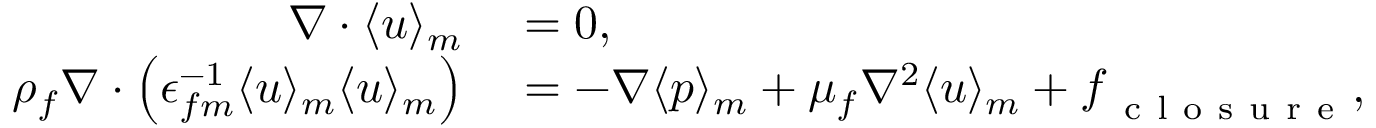
\begin{array} { r l } { \nabla \cdot \langle \boldsymbol { u } \rangle _ { m } } & { { } = 0 , } \\ { \rho _ { f } \nabla \cdot \left( \epsilon _ { f m } ^ { - 1 } \langle \boldsymbol { u } \rangle _ { m } \langle \boldsymbol { u } \rangle _ { m } \right) } & { { } = - \nabla \langle p \rangle _ { m } + \mu _ { f } \nabla ^ { 2 } \langle \boldsymbol { u } \rangle _ { m } + \boldsymbol { f } _ { \mathrm { ~ c ~ l ~ o ~ s ~ u ~ r ~ e ~ } } , } \end{array}